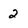
Character: 2